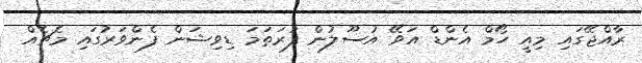
ރާއްޖޭގައި މިއީ ހޯމް އެންޑް އަވޭ އުސޫލުން ފުރަތަމަ ޑިވިޝަން ފެންވަރުގައި މެޗެއް